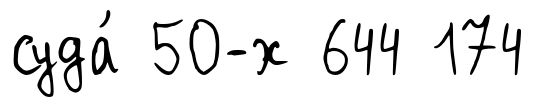
суда́ 50-х 644 174